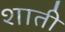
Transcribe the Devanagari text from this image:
शाती